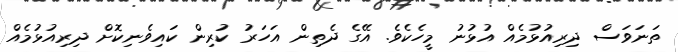
ތަނަވަސް ދިރިއުޅުމެއް އުޅުނު މީހެކެވެ. އޭގެ ދެތިން އަހަރު ކުރިން ކައިވެނިކޮށް ދިރިއުޅުމެއް